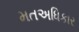
મતઅધિકાર